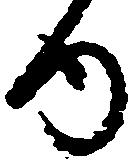
ゆ